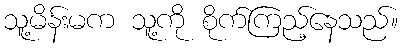
သူ့မိန်းမက သူ့ကို စိုက်ကြည့်နေသည်။